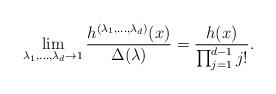
LaTeX: \begin{align*}\lim_{\lambda_1, \ldots, \lambda_d \rightarrow 1} \frac{h^{(\lambda_1, \ldots, \lambda_d)}(x)}{\Delta(\lambda)} = \frac{h(x)}{\prod_{j=1}^{d-1} j!}.\end{align*}